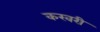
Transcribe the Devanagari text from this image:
करवरी